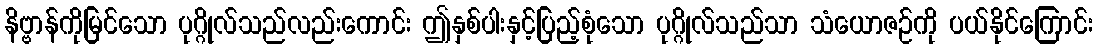
နိဗ္ဗာန်ကိုမြင်သော ပုဂ္ဂိုလ်သည်လည်းကောင်း ဤနှစ်ပါးနှင့်ပြည့်စုံသော ပုဂ္ဂိုလ်သည်သာ သံယောဇဉ်ကို ပယ်နိုင်ကြောင်း